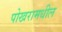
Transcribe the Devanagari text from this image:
पोखरामधील